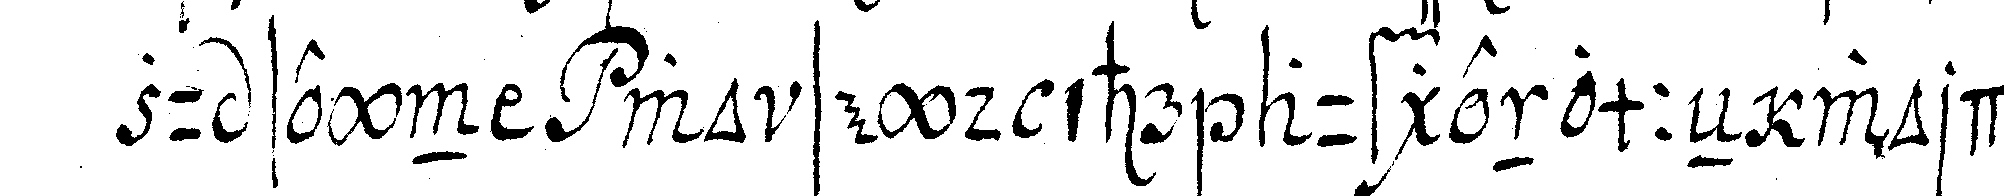
zu seyn wo seyd ihr aufgenommeN wordeN